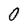
Character: 0